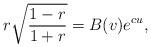
LaTeX: \begin{align*} r\sqrt{\frac{1-r}{1+r}}=B(v)e^{cu},\end{align*}